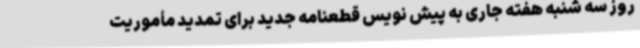
روز سه شنبه هفته جاری به پیش نویس قطعنامه جدید برای تمدید مأموریت